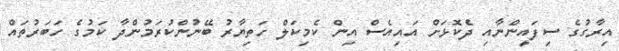
އިރާގުގެ ސިފައިންނާއި ދެކޮޅަށް އައިއެސް އިން ކެމިކަލް ހަތިޔާރު ބޭނުންކުރަމުންދާ ކަމުގެ ހަބަރުތައް